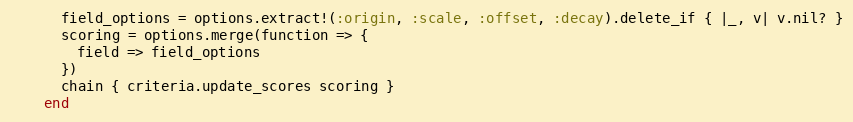
Language: Ruby
      field_options = options.extract!(:origin, :scale, :offset, :decay).delete_if { |_, v| v.nil? }
      scoring = options.merge(function => {
        field => field_options
      })
      chain { criteria.update_scores scoring }
    end